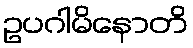
ဥပဂါမိနောတိ